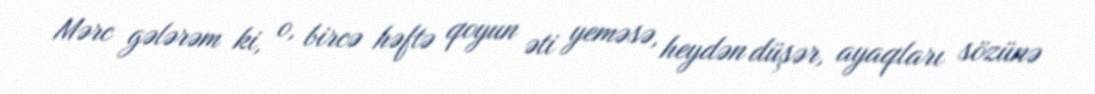
Mərc gələrəm ki, o, bircə həftə qoyun əti yeməsə, heydən düşər, ayaqları sözünə